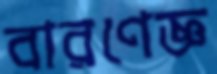
বারণেজ্ঞ